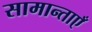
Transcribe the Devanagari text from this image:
सामान्ताएँ